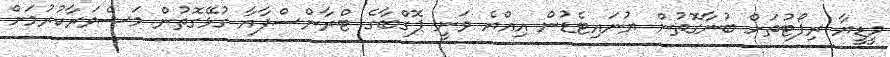
މީޑީޔާ ރިޕޯޓުތަށް ބުނާގޮތުން ޔުނައިޓެޑުން އިއްޔެ ވަނީ ޕޮގްބާގެ ޓްރާންސްފާއާ ގުޅޭގޮތުން މަޝްވަރާކުރުމަށް